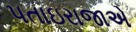
પતાઇરાજાએ